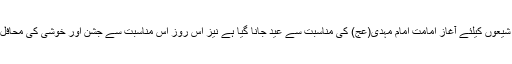
[1] نہم ربیع‌الاول شیعوں کیلئے آغاز امامت امام مہدی(عج) کی مناسبت سے عید جانا گیا ہے نیز اس روز اس مناسبت سے جشن اور خوشی کی محافل کا انعقاد ہوتا ہے۔